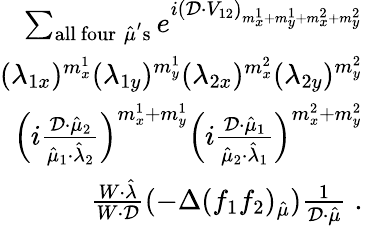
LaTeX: \begin{array}{rl}{\sum_{\mathrm{all~four}\; \hat{\mu}^{\mathrm{'}}\mathrm{s}}e^{i(\mathcal{D}\cdot V_{12})_{m_{x}^{1}+m_{y}^{1}+m_{x}^{2}+m_{y}^{2}}}}&{}\\ {(\lambda_{1x})^{m_{x}^{1}}(\lambda_{1y})^{m_{y}^{1}}(\lambda_{2x})^{m_{x}^{2}}(\lambda_{2y})^{m_{y}^{2}}}&{}\\ {\left(i\frac{\mathcal{D}\cdot\hat{\mu}_{2}}{\hat{\mu}_{1}\cdot\hat{\lambda}_{2}}\right)^{m_{x}^{1}+m_{y}^{1}}\left(i\frac{\mathcal{D}\cdot\hat{\mu}_{1}}{\hat{\mu}_{2}\cdot\hat{\lambda}_{1}}\right)^{m_{x}^{2}+m_{y}^{2}}}&{}\\ {\frac{W\cdot\hat{\lambda}}{W\cdot\mathcal{D}}(-\Delta(f_{1}f_{2})_{\hat{\mu}})\frac{1}{\mathcal{D}\cdot\hat{\mu}}\; .}\end{array}